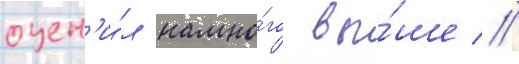
оцен'и́л намно́го вы́ше //